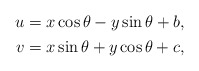
\begin{align*} \begin{aligned} u&=x\cos \theta -y\sin \theta +b,\\ v&=x\sin \theta +y \cos \theta +c, \end{aligned} \end{align*}